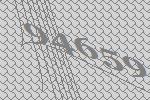
94659